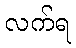
လက်ရ